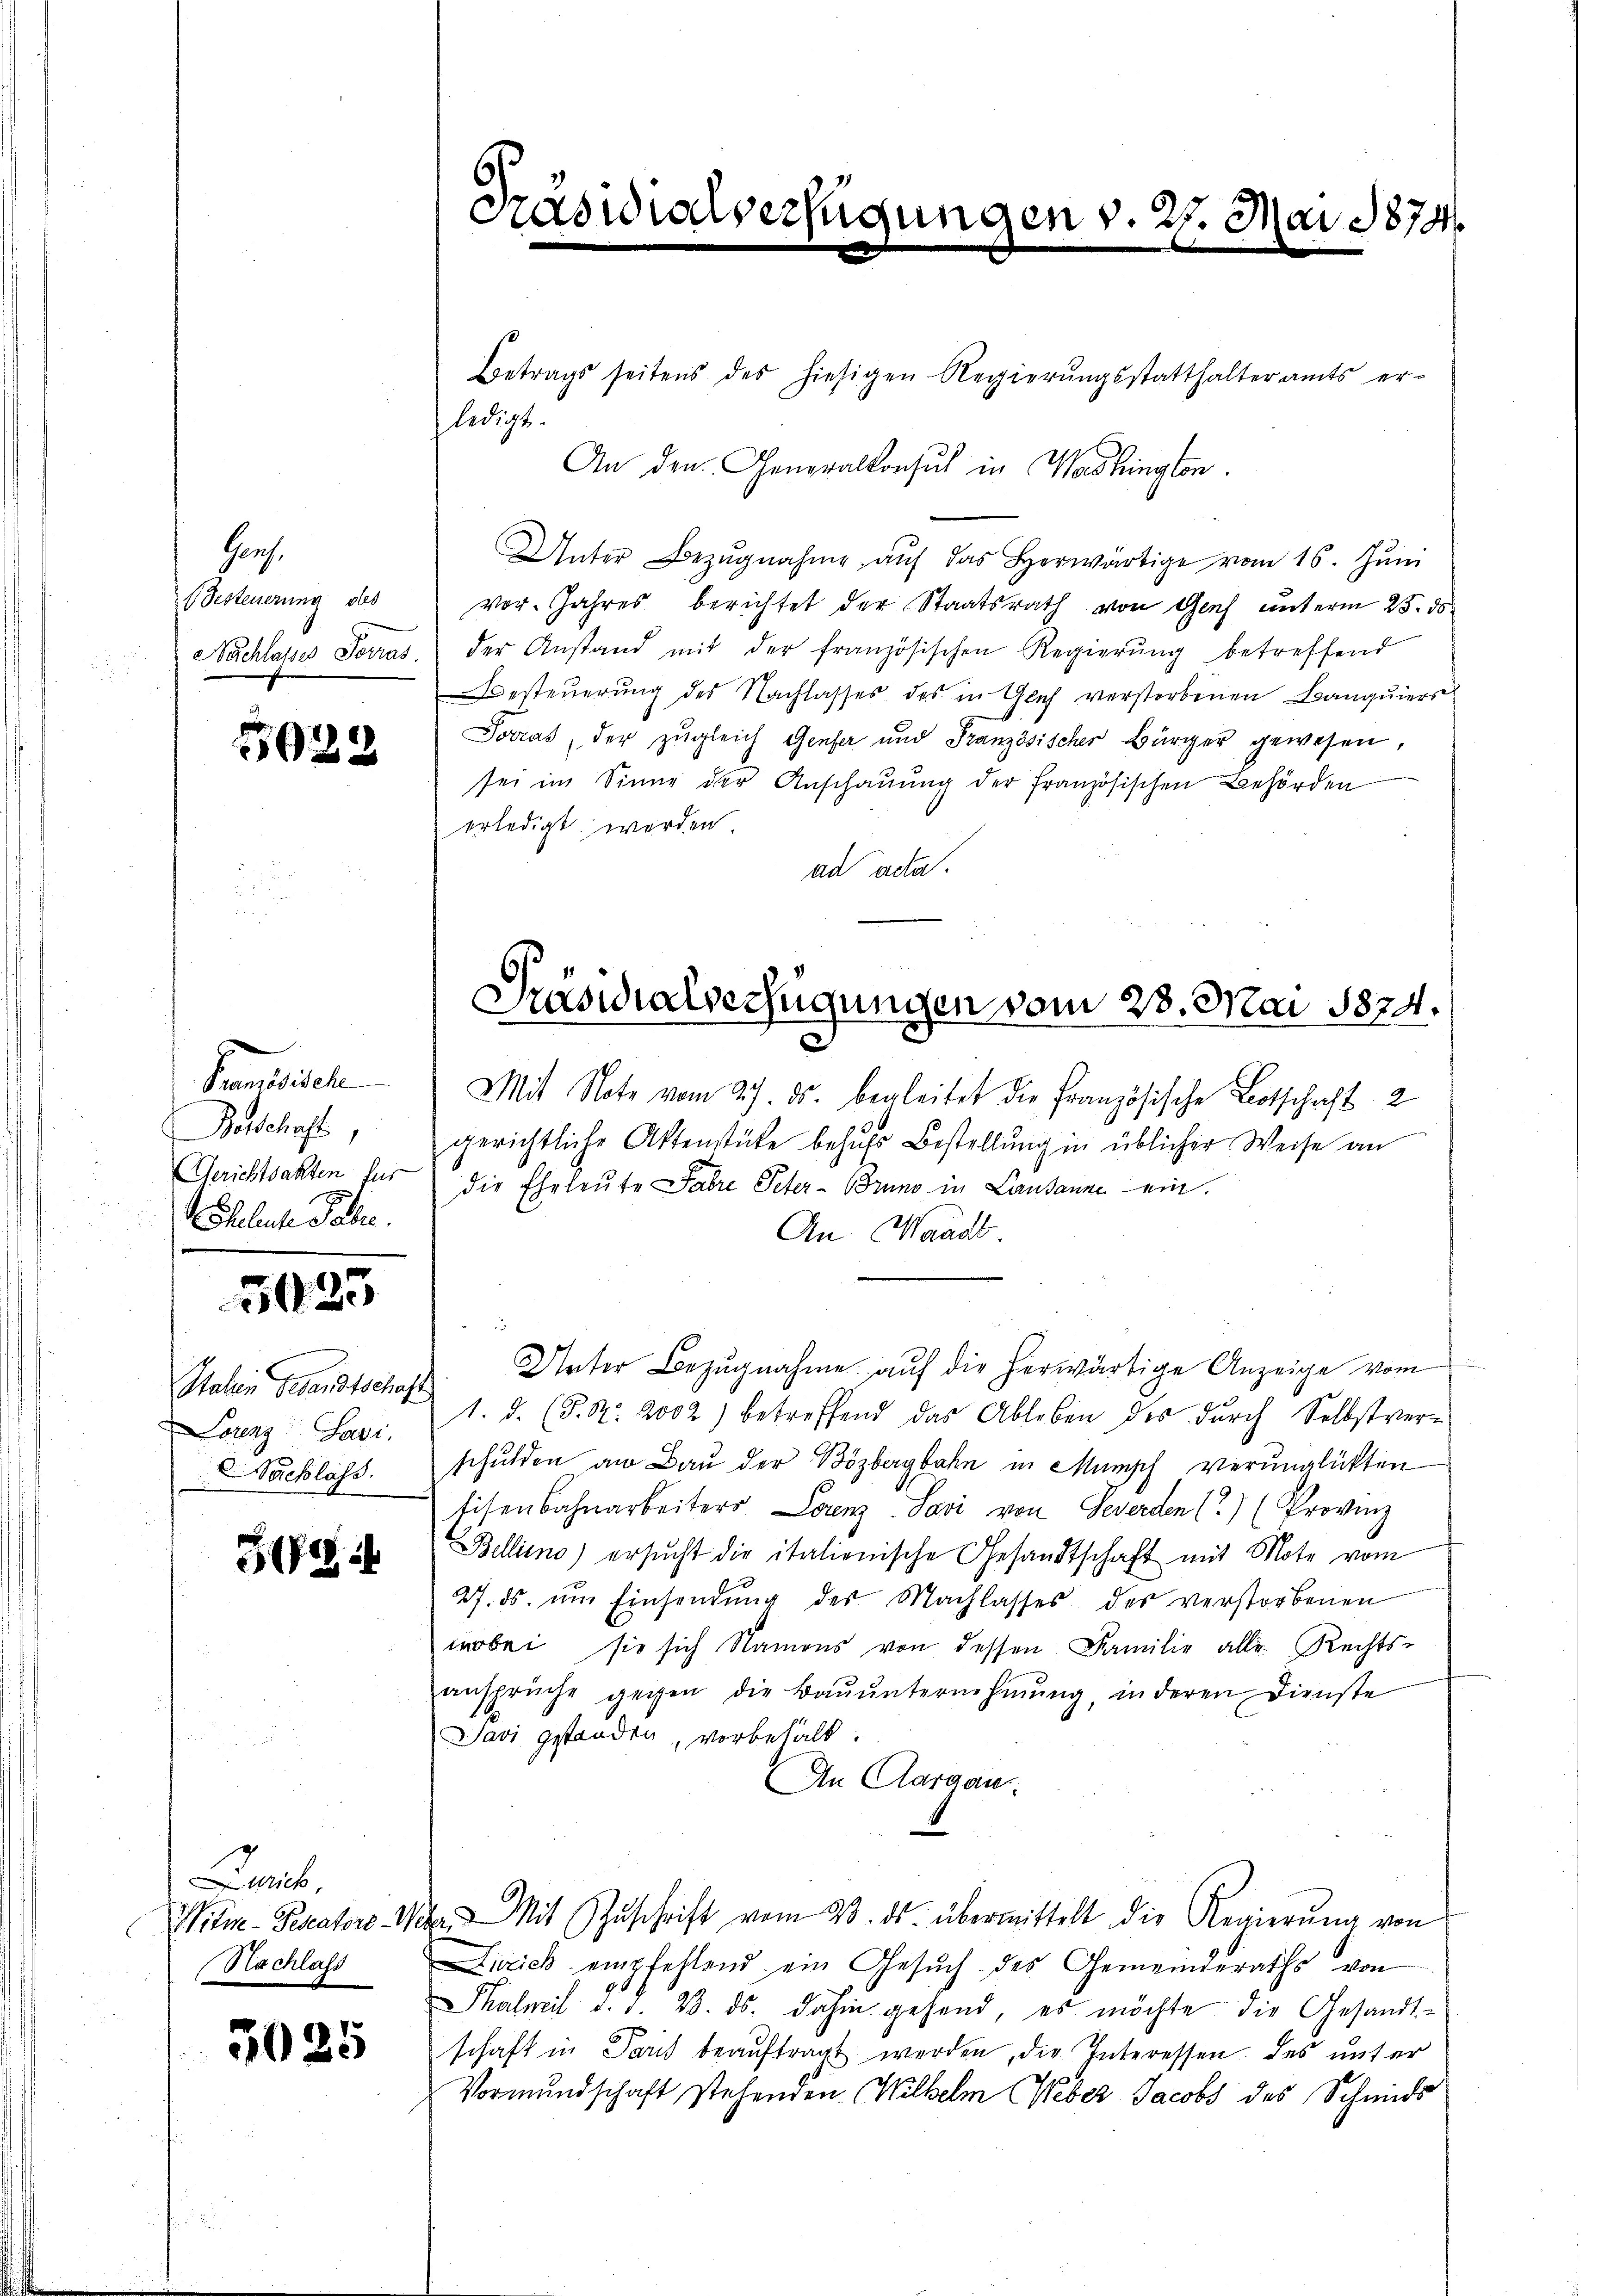
Gerh
Besteuerung des

5022

Kandidaten
Betschaft,
Gerichtsakten für
Wöhliche Tabe

3023

Salein Gesandtschaft
Lorenz Savi
acklass.

31.

Zürich
Witm- Perators 4
Nachlass

3025

Betrags seitens des hiesigen Regierŭngsstatthalteramts er-
ledigt.
An den Generalkonsul in Washington.
Unter Bezŭgnahme aŭf das herwärtige vom 16. Jŭni
vor. Jahres berichtet der Staatsrath von Genf unterm 25. ds
Nachlasses Terras der Anstand mit der französischen Regierŭng betreffend
Besteuerung des Nachlasses des in Glich verstorbenen Banquiers
Jocras, der zugleich Genfer und Französischer Bürger gewesen,
sei im Sinne der Anschauung der französischen Behörden
erledigt worden.
ad acta.

caswialverfügungen v. 29. Mai 1874.

Präsidialverfügungen vom 28. Mai 1874.

Mit Note vom 27. ds. begleitet die Französische Botschaft 2
gerichtliche Aktenstücke behŭfs Bestellŭng in üblicher Weise an
die Eheleute Fahre Peter-Bruno in Lausanne ein.
An Waadt
i
Unter Bezŭgnahme aŭf die herwärtige Anzeige vom
1. d. (S. Nr. 2002) betreffend das Ableben des dŭrch Selbstver-
schulden an Bau der Bözbergbahn in Mumpf verunglükten
tisenbahnarbeiters Lorenz. Savi von Gewerden.) (Provinz
Bellino) ersŭcht die italienische Gesandtschaft mit Mote vom
27. ds. ŭm Einsendŭng der Nachlasses der verstorbenen
wobei sie sich Namens von dessen Familie alle Rechts-
ansprüche gegen die Baŭŭnternehmung, inderen Dienste
Pavi gestanden, vorbehalt.
An Aargau.
er Mit Zŭschrift vom 23. ds. übermittelt die Regierŭng von
Zürich empfehlend ein Gesŭch des Gemeinderaths von
Shalmit d. d. 23. ds. dahin gehend, es möchte die Gesandt-
schaft in Paris beauftragt werden, die Interessen des unter
Vormundschaft stehenden Wilhelm Weber Jacobs des Schmids